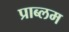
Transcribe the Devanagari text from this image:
प्राब्लम